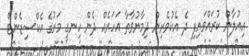
އިއުލާން ކުރައްވައިފި ދެ އެކުވެރިން ދިމާނުވާތާ އަހަރެއް ދެން ހިނގީ މަރުގެ އެކްސިޑެންޓް